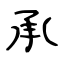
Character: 承